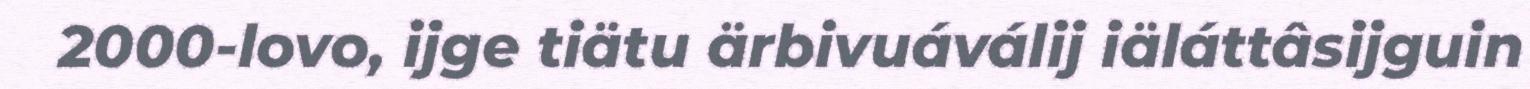
2000-lovo, ijge tiätu ärbivuáválij iäláttâsijguin